Annual statistical returns and brief notes on vaccination in Bengal - 1887-1898
Year: 1887
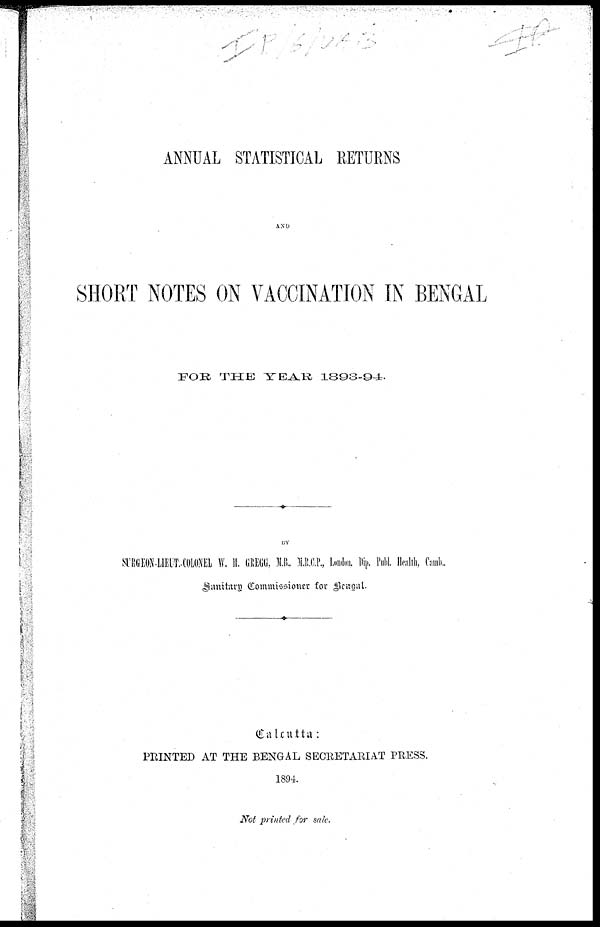
ANNUAL STATISTICAL RETURNS
AND
SHORT NOTES ON VACCINATION IN BENGAL
FOR THE YEAR 1893-94.
BY
SURGEON-LIEUT.-COLONEL W. H. GREGG, M.B., M.R.C.P., London. Dip. Publ. Health, Camb.,
Sanitary Commissioner for Bengal.
Culcutta:
PRINTED AT THE BENGAL SECRETARIAT PRESS.
1894.
Not printed for sale.